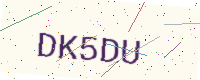
Text: DK5DU